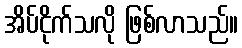
အိပ်ငိုက်သလို ဖြစ်လာသည်။